Scientific memoirs by medical officers of the Army of India - Part IV,
Year: 1889
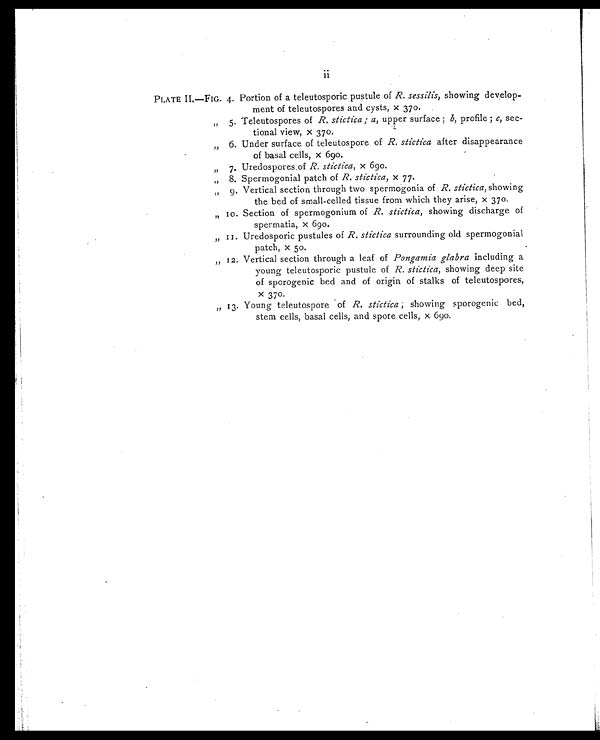
i i
PLATE II—FIG. 4. Portion of a teleutosporic pustule of R. sessilis, showing develop-
ment of teleutospores and cysts, x 370.
„ 5. Teleutospores of R. stictica; a, upper surface; b, profile; c, sec
-
tional view, x 370.
„ 6. Under surface of teleutospore of R. stictica after disappearance
of basal cells, x 690.
„ 7. Uredospores, of R. stictica, x 690.
„ 8. Spermogonial patch of R. stictica, x 77.
„ 9. Vertical section through two spermogonia of R. stictica, showing
the bed of small-celled tissue from which they arise, x 370.
„ 10. Section of spermogonium of R. stictica, showing discharge of
spermatia, x 690.
„ 11. Uredosporic pustules of R. stictica surrounding old spermogonial
patch, x 50.
„ 12. Vertical section through a leaf of Pongamia glabra including a
young teleutosporic pustule of R. stictica, showing deep site
of sporogenic bed and of origin of stalks of teleutospores,
x 370.
„ 13. Young teleutospore of R. stictica , showing sporogenic bed,
stem cells, basal cells, and spore cells, x 690,